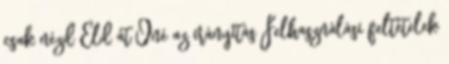
csak nézd Éld át Öné az irányítás Felhasználási feltételek